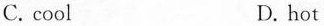
C. cool D. hot